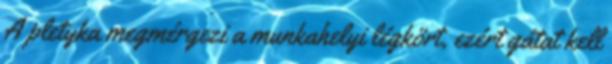
A pletyka megmérgezi a munkahelyi légkört, ezért gátat kell